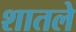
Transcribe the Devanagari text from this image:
शातले